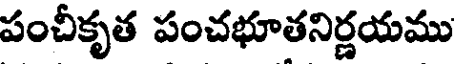
పంచీకృత పంచభూతనిర్ణయము